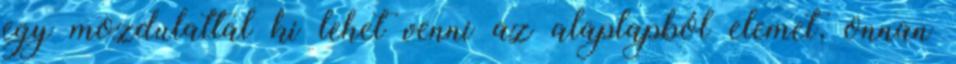
egy mozdulattal ki lehet venni az alaplapból elemet, onnan